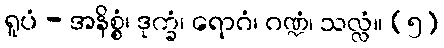
ရူပံ - အနိစ္စံ၊ ဒုက္ခံ၊ ရောဂံ၊ ဂဏ္ဍံ၊ သလ္လံ။ (၅)